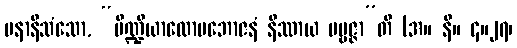
ပနာနိသံသော, “ပိဏ္ဍိယာလောပဘောဇနံ နိဿာယ ပဗ္ဗဇ္ဇာ”တိ (အ။ နိ။ ၄။၂၇၊